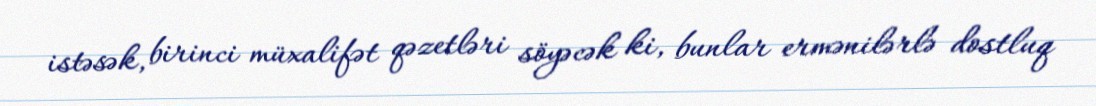
istəsək, birinci müxalifət qəzetləri söyəcək ki, bunlar ermənilərlə dostluq